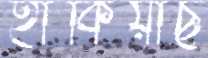
হাঁকিয়াছ